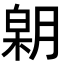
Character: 𣎋